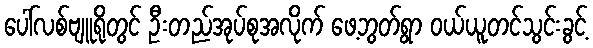
ပေါ်လစ်ဗျူရိုတွင် ဦးတည်အုပ်စုအလိုက် ဖေ့ဘွတ်ရွာ ဝယ်ယူတင်သွင်းခွင့်